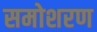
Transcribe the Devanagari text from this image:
समोशरण